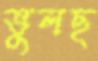
ভুলছ